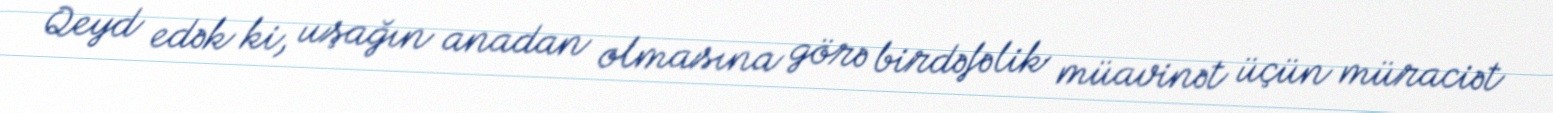
Qeyd edək ki, uşağın anadan olmasına görə birdəfəlik müavinət üçün müraciət